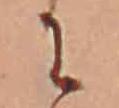
に